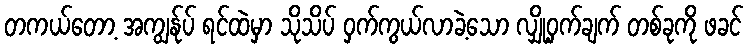
တကယ်တော့ အကျွန်ုပ် ရင်ထဲမှာ သိုသိပ် ဝှက်ကွယ်လာခဲ့သော လျှို့ဝှက်ချက် တစ်ခုကို ဖခင်